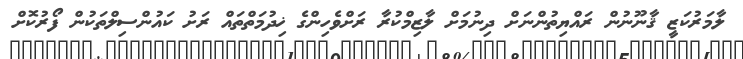
ލާމަރުކަޒީ ޤާނޫނުން ރައްޔިތުންނަށް ދިނުމަށް ލާޒިމްކުރާ ރަށްވެހިންގެ ޚިދުމަތްތައް ރަށު ކައުންސިލްތަކުން ފޯރުކޮށް